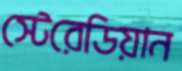
স্টেরেডিয়ান